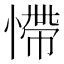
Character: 㦅